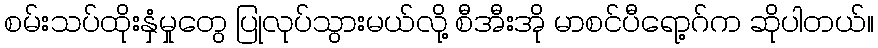
စမ်းသပ်ထိုးနှံမှုတွေ ပြုလုပ်သွားမယ်လို့ စီအီးအို မာစင်ပီရော့ဂ်က ဆိုပါတယ်။